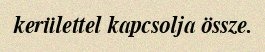
kerülettel kapcsolja össze.